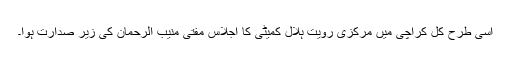
اسی طرح کل کراچی میں مرکزی رویت ہلال کمیٹی کا اجلاس مفتی منیب الرحمان کی زیر صدارت ہوا۔